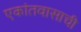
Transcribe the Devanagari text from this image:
एकांतवासाची